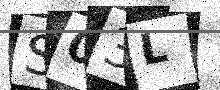
Text: S03L